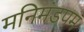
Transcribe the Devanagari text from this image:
मनिमंडपम